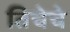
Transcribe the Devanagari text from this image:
तिचेचे